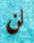
لن